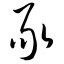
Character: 豕